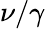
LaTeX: \nu/\gamma